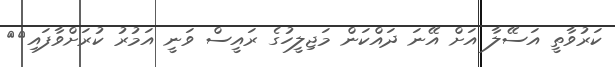
ކަރުވާތީ އަސޭލާ އަށް އޭނަ ދައްކަން މަޖިލީހުގެ ރައީސް ވަނީ އަމުރު ކުރަށްވާފައި><